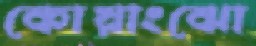
কোয়াংঝো